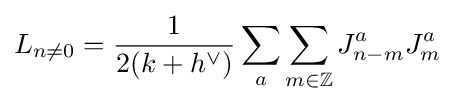
L_{n\neq 0}={\frac {1}{2(k+h^{\vee })}}\sum _{a}\sum _{m\in \mathbb {Z} }J_{n-m}^{a}J_{m}^{a}